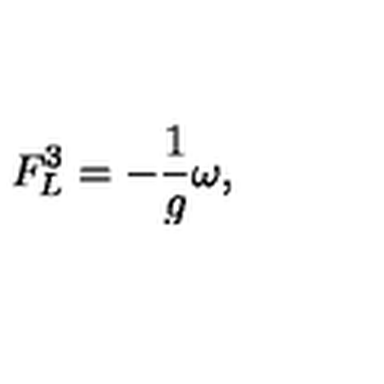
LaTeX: F _ { L } ^ { 3 } = - \frac { 1 } { g } \omega ,